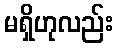
မရှိဟုလည်း